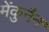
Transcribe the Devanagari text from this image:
मेंकुनैन